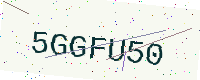
Text: 5GGFU50